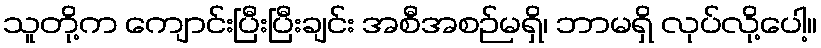
သူတို့က ကျောင်းပြီးပြီးချင်း အစီအစဉ်မရှိ၊ ဘာမရှိ လုပ်လို့ပေါ့။